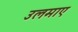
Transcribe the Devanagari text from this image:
उलमाए